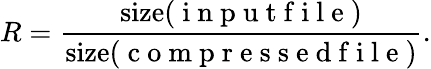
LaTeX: R=\frac{\mathrm{size}(\mathrm{~i~n~p~u~t~f~i~l~e~})}{\mathrm{size}(\mathrm{~c~o~m~p~r~e~s~s~e~d~f~i~l~e~})}.